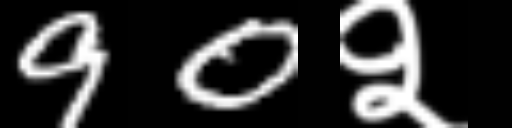
Text: 90२